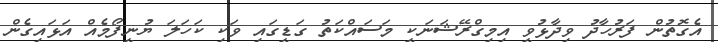
އެގޮތުން ފަރުހާދު ވިދާޅުވީ އިމިގްރޭޝަނަކީ މަސައްކަތު ގަޑީގައި ވަކި ކަހަލަ ޔުނީފޯމެއް އަޅައިގެން